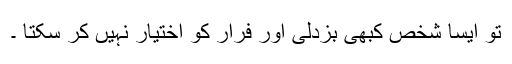
تو ایسا شخص کبھی بزدلی اور فرار کو اختیار نہیں کر سکتا ۔